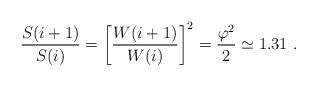
LaTeX: \begin{align*}\frac{S(i+1)}{S(i)} = \bigg[\frac{W(i+1)}{W(i)}\bigg]^2 = \frac{\varphi^2}{2} \simeq 1.31~.\end{align*}